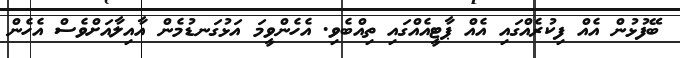
ބޭފުޅުން އެއް ފިކުރެއްގައި އެއް ޕާޓީއެއްގައި ތިއްބެވި. އެހެންވީމަ އަޅުގަނޑުމެން އާއިލާއަށްވެސް އެހެން